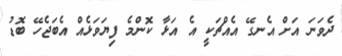
ދެވަނަ އަށް އެނގޭ އެއްޗަކީ އެ އަޅާ ކޮންމެ ފިޔަވަޅެއް އެބަޖެހޭ ބޮޑު